Mobilization store table India
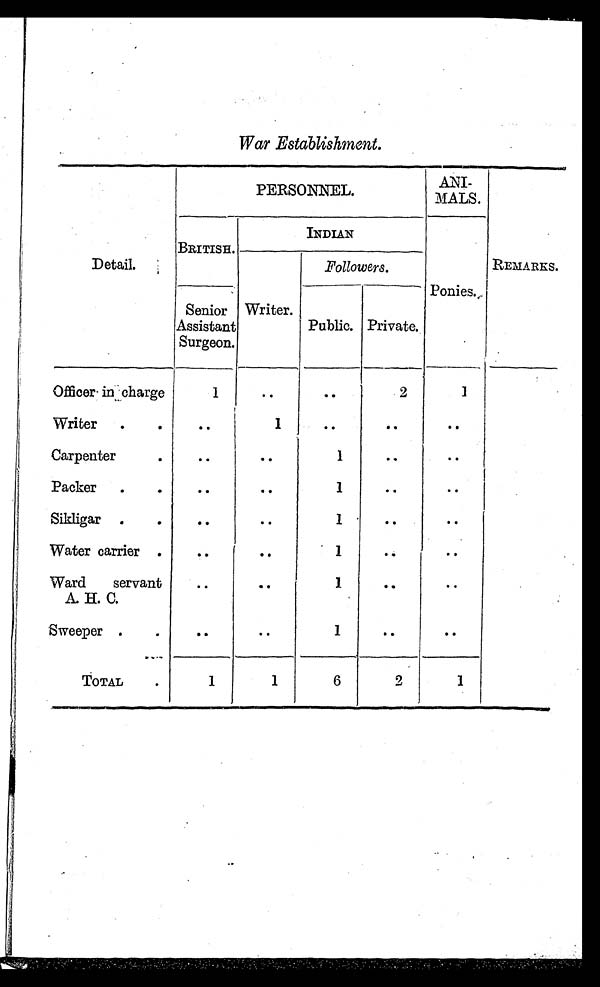
War Establishment.
Detail.
PERSONNEL.
A N I
MALS.
REMARKS.
BRITISH.
INDIAN
Ponies.
Writer.
Followers.
Senior
Assistant
Surgeon.
Public. Private.
Officer in charge
1
.. ..
2
1
Writer
..
..
1
..
.. ..
Carpenter
.
.. ..
..
.. ..
Packer .. .. ..
1
.. ..
Sikligar
.. .. ..
1
.. ..
.
Water carrier .
..
..
1
.. ..
Ward
servant
A. H. C.
..
..
1
.. ..
- Sweeper
.. .. ..
1
.. ..
T O T A L .
1
1
6
2
1